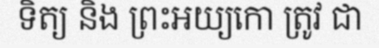
ទិត្យ និង ព្រះអយ្យកោ ត្រូវ ជា